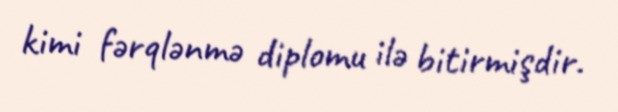
kimi fərqlənmə diplomu ilə bitirmişdir.